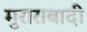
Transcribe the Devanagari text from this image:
मुराराबादी